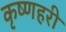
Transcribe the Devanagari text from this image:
कृष्णहरी